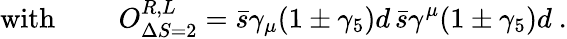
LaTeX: \mathrm{with\ }\quad\quad O_{\Delta S=2}^{R,L}=\bar{s}\gamma_{\mu}(1\pm\gamma_{5})d\, \bar{s}\gamma^{\mu}(1\pm\gamma_{5})d\ .